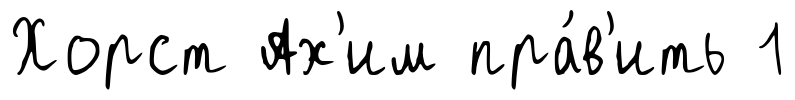
Хорст Ах'им пра́в'ить 1